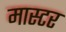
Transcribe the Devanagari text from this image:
मास्टर